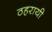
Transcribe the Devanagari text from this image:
ठहरायी